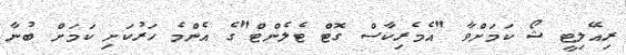
ރިއޭލިޓީ ޝޯ ކަމަށްވާ "އެމެރިކާސް ގޮޓް ޓެލެންޓް"ގެ އެންމެ ހަރުކަށި ކަމަށް ބުނާ